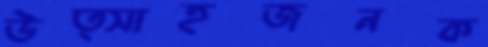
উত্সাহজনক